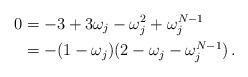
LaTeX: \begin{align*}0 &= -3 + 3 \omega_j - \omega_j^2 +\omega_j^{N-1} \\&= -(1 - \omega_j ) ( 2 - \omega_j - \omega_j^{N-1} ) \, .\end{align*}